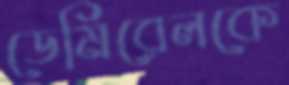
ডেমিরেলকে